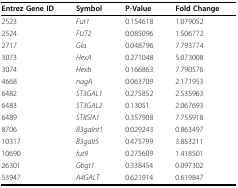
<table><thead><tr><td><b>Entrez Gene ID</b></td><td><b>Symbol</b></td><td><b>P-Value</b></td><td><b>Fold Change</b></td></tr></thead><tbody><tr><td>2523</td><td><i>Fut1</i></td><td>0.154618</td><td>1.079052</td></tr><tr><td>2524</td><td><i>FUT2</i></td><td>0.085096</td><td>1.506772</td></tr><tr><td>2717</td><td><i>Gla</i></td><td>0.048796</td><td>7.793774</td></tr><tr><td>3073</td><td><i>HexA</i></td><td>0.271048</td><td>5.073008</td></tr><tr><td>3074</td><td><i>Hexb</i></td><td>0.166863</td><td>7.790576</td></tr><tr><td>4668</td><td><i>nagA</i></td><td>0.063709</td><td>2.171953</td></tr><tr><td>6482</td><td><i>ST3GAL1</i></td><td>0.275852</td><td>2.535963</td></tr><tr><td>6483</td><td><i>ST3GAL2</i></td><td>0.13051</td><td>2.067693</td></tr><tr><td>6489</td><td><i>ST8SIA1</i></td><td>0.357908</td><td>7.755918</td></tr><tr><td>8706</td><td><i>B3galnt1</i></td><td>0.029243</td><td>0.863497</td></tr><tr><td>10317</td><td><i>B3galt5</i></td><td>0.475799</td><td>3.853211</td></tr><tr><td>10690</td><td><i>fut9</i></td><td>0.275609</td><td>1.418501</td></tr><tr><td>26301</td><td><i>Gbgt1</i></td><td>0.338454</td><td>0.097302</td></tr><tr><td>53947</td><td><i>A4GALT</i></td><td>0.621914</td><td>0.619847</td></tr></tbody></table>